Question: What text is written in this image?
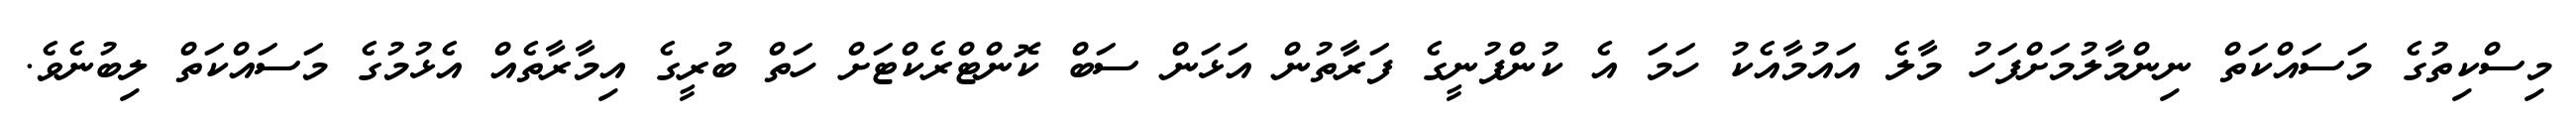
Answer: މިސްކިތުގެ މަސައްކަތް ނިންމާލުމަށްފަހު މާލެ އައުމާއެކު ހަމަ އެ ކުންފުނީގެ ފަރާތުން އަޅަން ސަބް ކޮންޓްރެކްޓަށް ހަތް ބުރީގެ އިމާރާތެއް އެޅުމުގެ މަސައްކަތް ލިބުނެވެ.